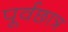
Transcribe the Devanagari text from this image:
पूर्वछात्र